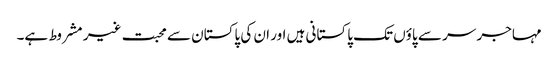
مہاجر سر سے پاؤں تک پاکستانی ہیں اور ان کی پاکستان سے محبت غیر مشروط ہے۔